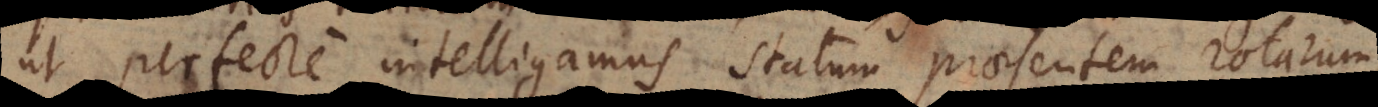
ut perfecte intelligamus statum praesentem rotarum,